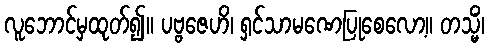
လူဘောင်မှထုတ်၍။ ပဗ္ဗဇေဟိ၊ ရှင်သာမဏေပြုစေလော့။ တသ္မိံ၊